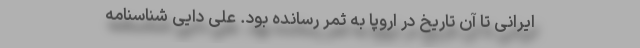
ایرانی تا آن تاریخ در اروپا به ثمر رسانده بود. علی دایی شناسنامه